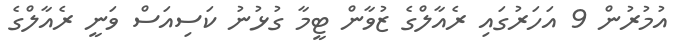
އުމުރުން 9 އަހަރުގައި ރެއާލްގެ ޒުވާން ޓީމާ ގުޅުނު ކަސިއަސް ވަނީ ރެއާލްގެ